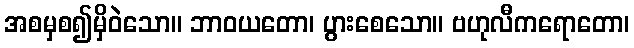
အစမှစ၍မှိဝဲသော။ ဘာဝယတော၊ ပွားစေသော။ ဗဟုလီကရောတော၊